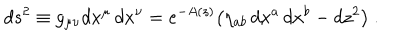
d s ^ { 2 } \equiv g _ { \mu \nu } d x ^ { \mu } \, d x ^ { \nu } = e ^ { - A ( z ) } \big ( \eta _ { a b } \, d x ^ { a } \, d x ^ { b } - d z ^ { 2 } \big ) \ .